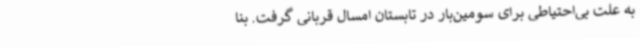
به علت بی‌احتیاطی برای سومین‌بار در تابستان امسال قربانی گرفت. بنا